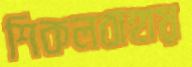
শিকলবাহায়